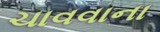
ચાવવાના